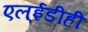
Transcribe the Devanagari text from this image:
एल्‌ईडीही